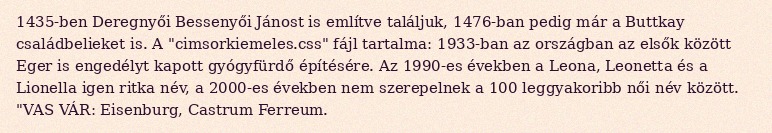
1435-ben Deregnyői Bessenyői Jánost is említve találjuk, 1476-ban pedig már a Buttkay családbelieket is. A "cimsorkiemeles.css" fájl tartalma: 1933-ban az országban az elsők között Eger is engedélyt kapott gyógyfürdő építésére. Az 1990-es években a Leona, Leonetta és a Lionella igen ritka név, a 2000-es években nem szerepelnek a 100 leggyakoribb női név között. "VAS VÁR: Eisenburg, Castrum Ferreum.